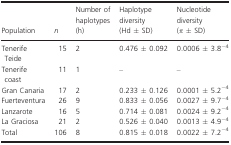
| Population | n | Number of haplotypes (h) | Haplotype diversity (Hd ± SD) | Nucleotide diversity (π ± SD) |
 | --- | --- | --- | --- | --- |
 | Tenerife Teide | 15 | 2 | 0.476 ± 0.092 | 0.0006 ± 3.8−4 |
 | Tenerife coast | 11 | 1 | – | – |
 | Gran Canaria | 17 | 2 | 0.233 ± 0.126 | 0.0001 ± 5.2−4 |
 | Fuerteventura | 26 | 9 | 0.833 ± 0.056 | 0.0027 ± 9.7−4 |
 | Lanzarote | 16 | 5 | 0.714 ± 0.081 | 0.0024 ± 9.2−4 |
 | La Graciosa | 21 | 2 | 0.526 ± 0.040 | 0.0013 ± 4.9−4 |
 | Total | 106 | 8 | 0.815 ± 0.018 | 0.0022 ± 7.2−4 |